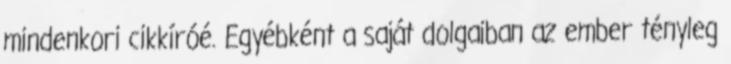
mindenkori cikkí­róé. Egyébként a saját dolgaiban az ember tényleg